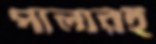
পালারই